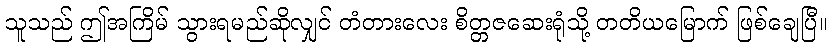
သူသည် ဤအကြိမ် သွားရမည်ဆိုလျှင် တံတားလေး စိတ္တဇဆေးရုံသို့ တတိယမြောက် ဖြစ်ချေပြီ။